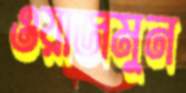
ওয়াজমুন